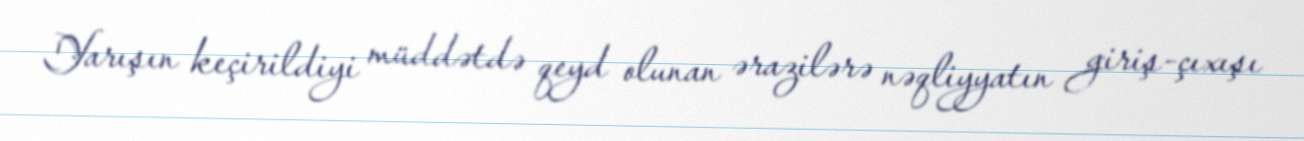
Yarışın keçirildiyi müddətdə qeyd olunan ərazilərə nəqliyyatın giriş-çıxışı